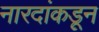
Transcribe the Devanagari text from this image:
नारदांकडून